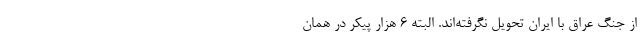
از جنگ عراق با ایران تحویل نگرفته‌اند. البته ۶ هزار پیکر در همان